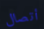
أتصال